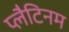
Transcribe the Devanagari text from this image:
प्लैटिनम